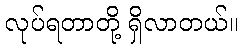
လုပ်ရတာတို့ ရှိလာတယ်။